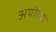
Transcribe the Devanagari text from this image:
अयोघ्या